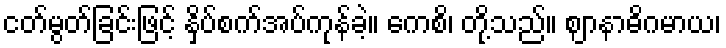
ငတ်မွတ်ခြင်းဖြင့် နှိပ်စက်အပ်ကုန်ခဲ့။ ကေစိ၊ တို့သည်။ ဈာနာဓိဂမာယ၊